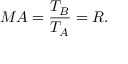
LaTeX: M A = { \frac { T _ { B } } { T _ { A } } } = R .